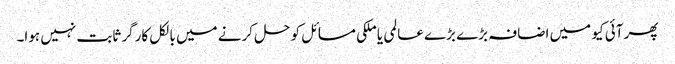
پھر آئی کیو میں اضافہ بڑے بڑے عالمی یا ملکی مسائل کو حل کرنے میں بالکل کارگر ثابت نہیں ہوا۔